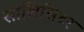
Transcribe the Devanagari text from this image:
सालिसिटर